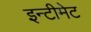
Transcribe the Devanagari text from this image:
इन्टीमेट